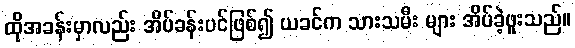
ထိုအခန်းမှာလည်း အိပ်ခန်းပင်ဖြစ်၍ ယခင်က သားသမီး များ အိပ်ခဲ့ဖူးသည်။